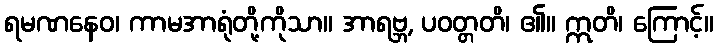
ရမဏနေဝ၊ ကာမအာရုံတို့ကိုသာ။ အာရဗ္ဘ, ပဝတ္တတိ၊ ၏။ ဣတိ၊ ကြောင့်။